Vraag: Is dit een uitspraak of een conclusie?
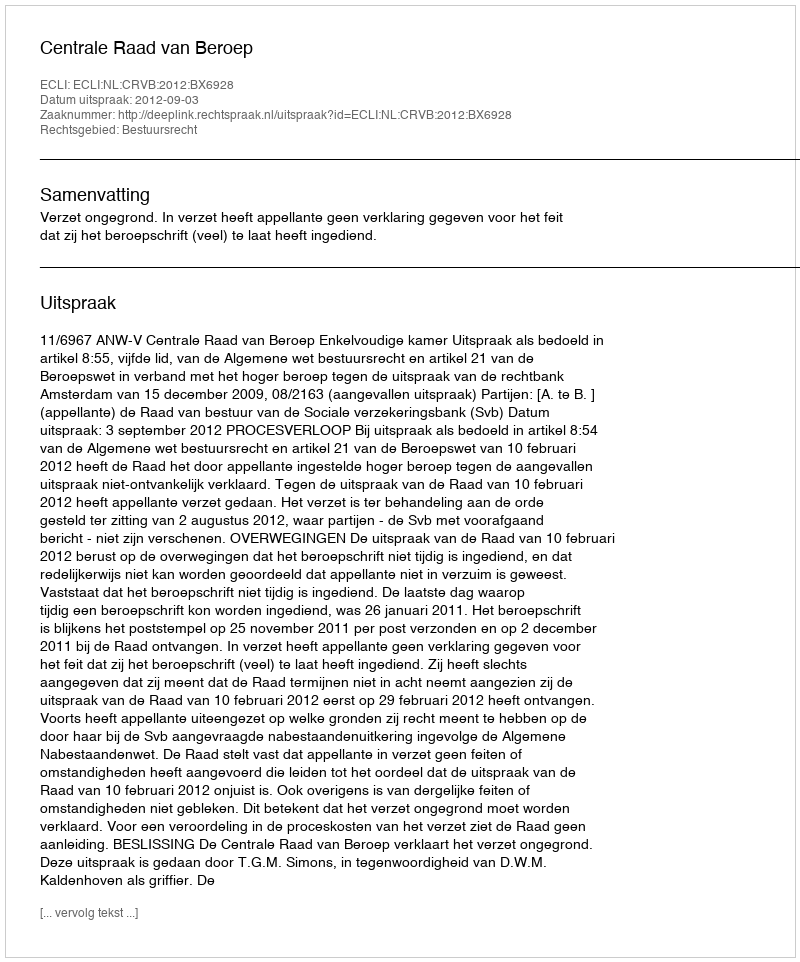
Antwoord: Uitspraak